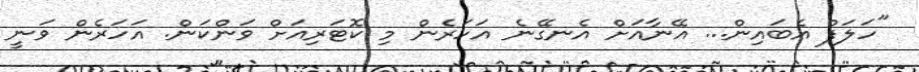
"ހަލަފް އެބައިން... އޭނާއަށް އެނގޭނެ އަހަރެން މި ކޮޓަރިއަށް ވަންކަން. އަހަރެން ވަނީ